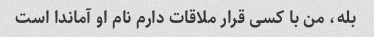
بله، من با کسی قرار ملاقات دارم نام او آماندا است